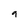
Character: 9